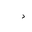
Letter: _dal